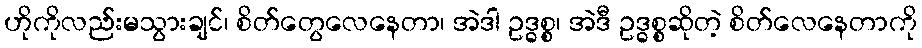
ဟိုကိုလည်းမသွားချင်၊ စိတ်တွေလေနေတာ၊ အဲဒါ ဥဒ္ဓစ္စ၊ အဲဒီ ဥဒ္ဓစ္စဆိုတဲ့ စိတ်လေနေတာကို